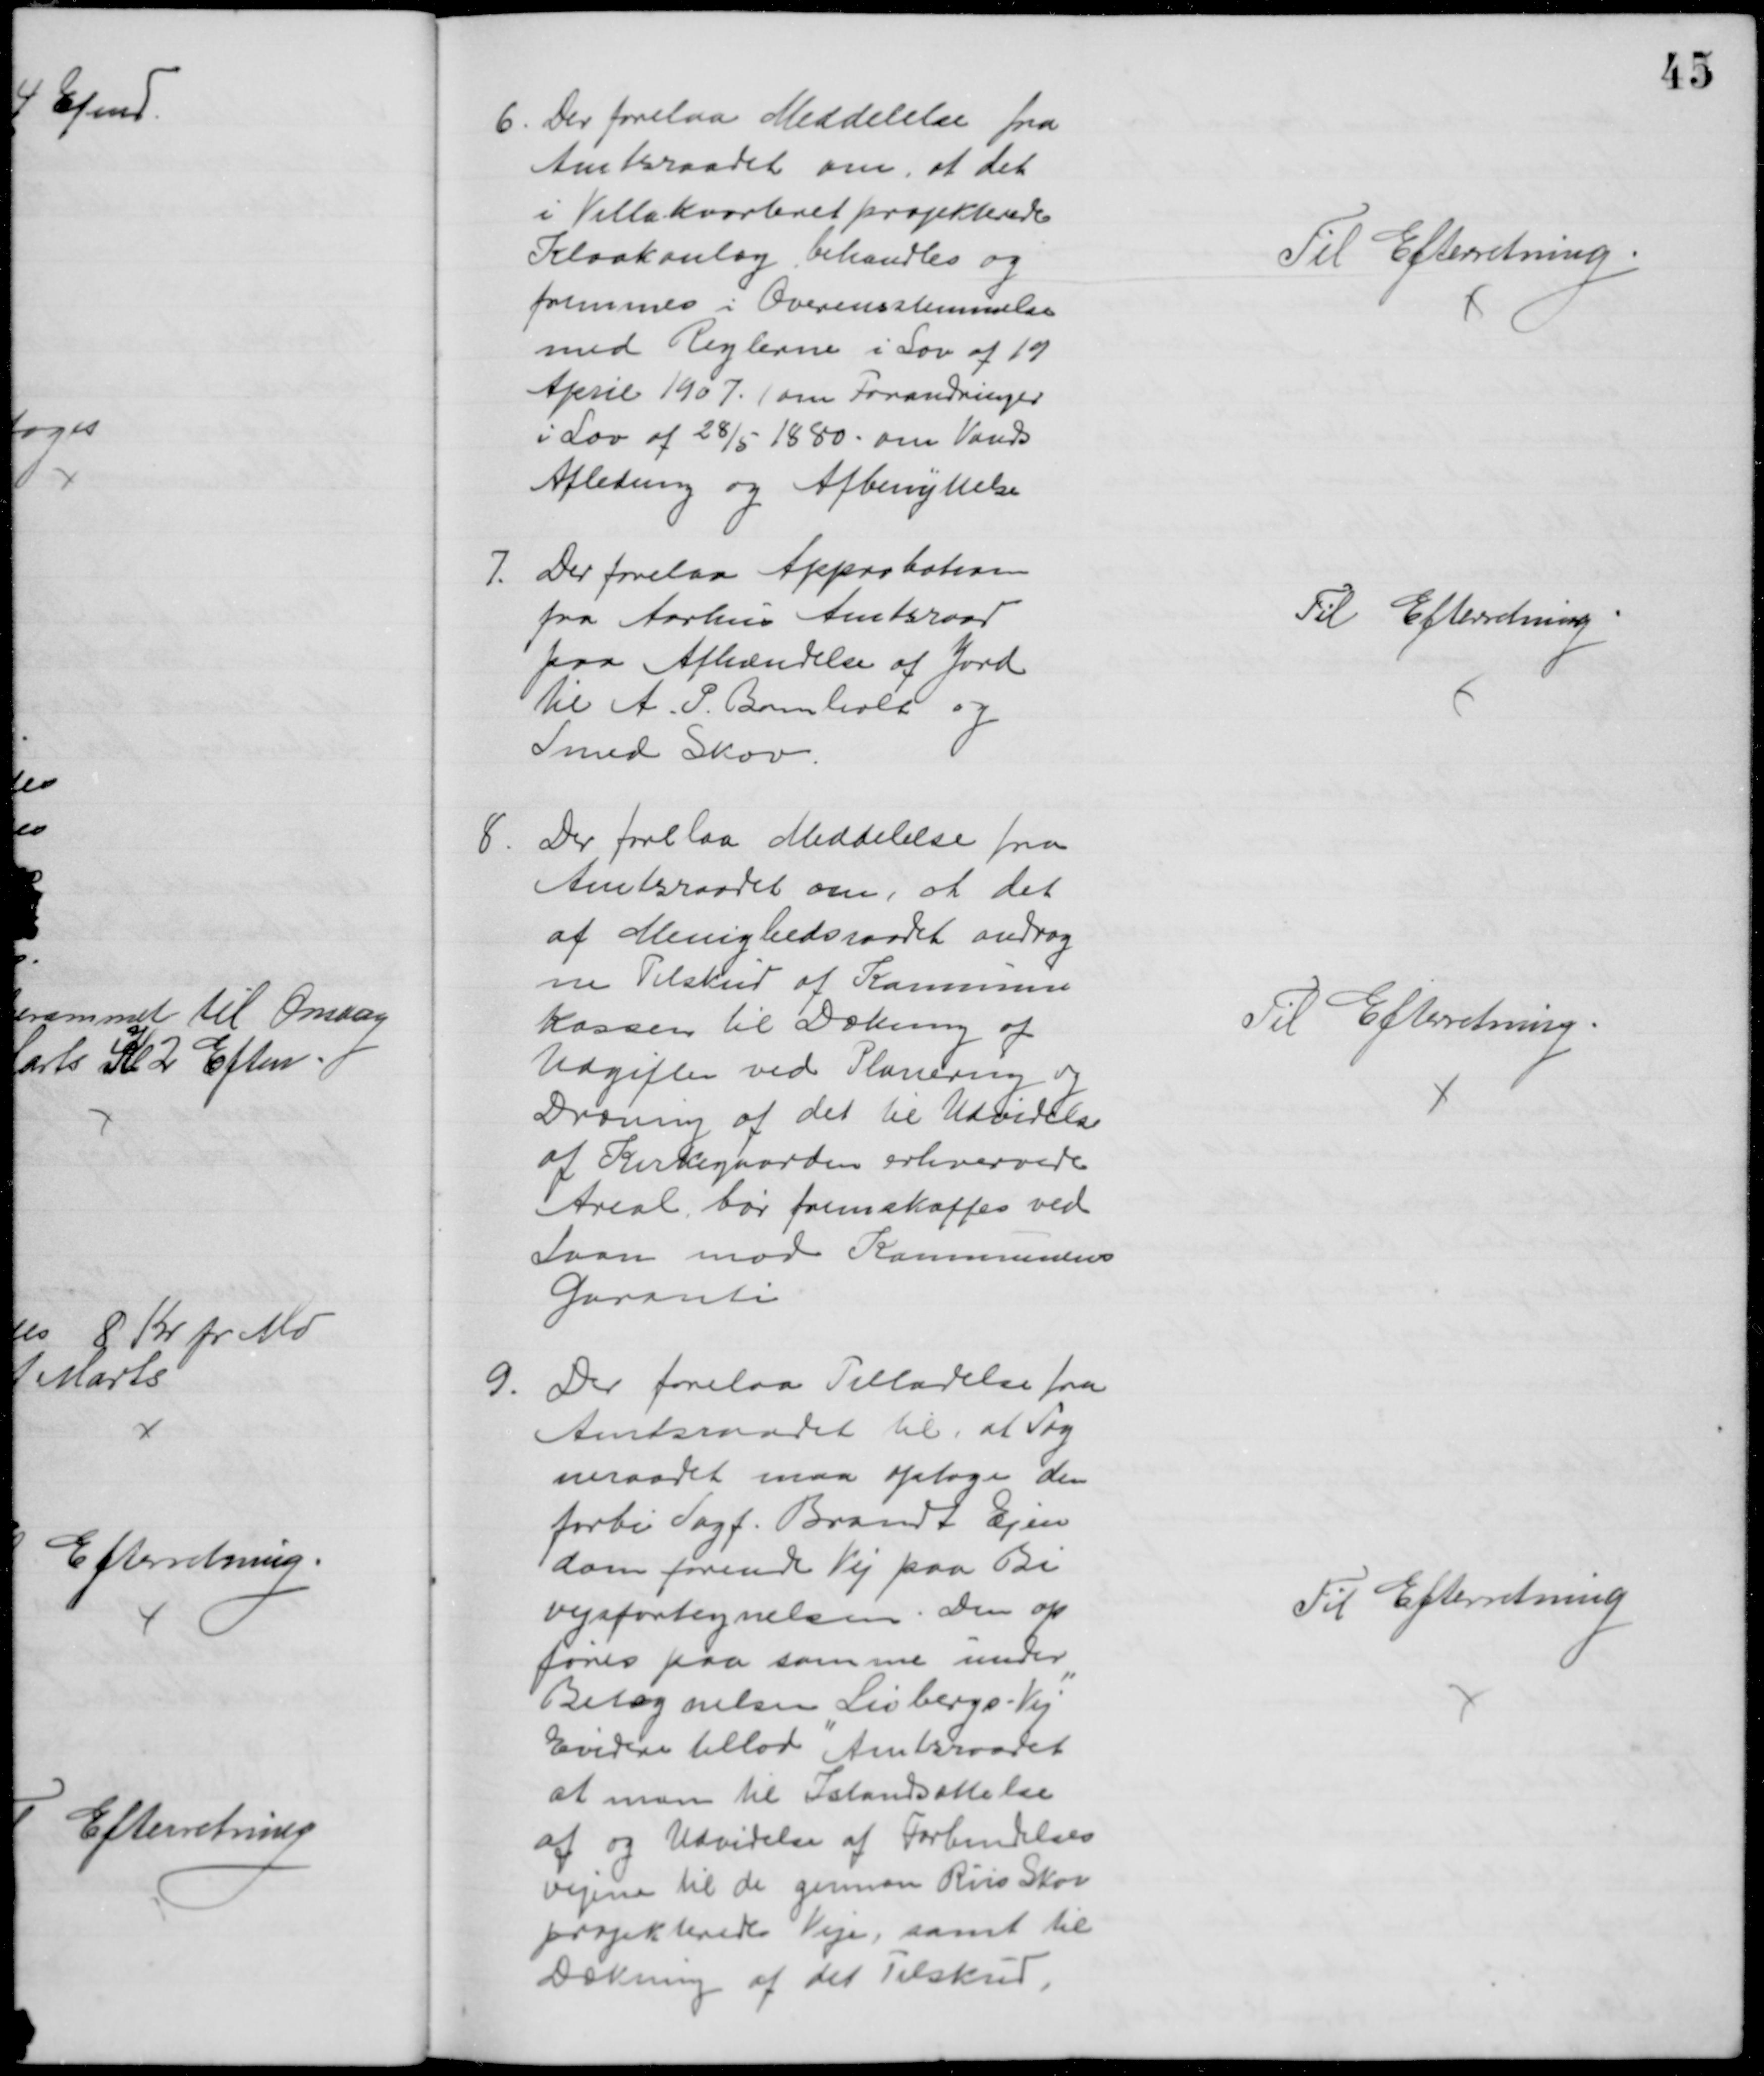
Transskription:
6. Der forelaa Meddelelse fra
Amtsraadet om, at det
i Villakvarteret projekterede
Kloakanlæg behandles og
fremmes i Overensstemmelse
med Reglerne i Lov af 19
April 1907. (om Forandringer
i Lov af 28/5 1880 om Vands
Afledning og Afbenyttelse
Til Efterretning
7. Der forelaa Approbation
fra Aarhus Amtsraad
paa Afhændelse af Jord
til A. P. Bomholt og
Smed Skov.
Til Efterretning
8.
Der forelaa Meddelelse fra
Amtsraadet om, at det
af Menighedsraadet andrag
ne Tilskud af Kommune
Kassen til Dækning af 
Udgiften ved Planering og 
Dræning af det til Udvidelse
af Kirkegaarden erhvervede
Areal, bør fremskaffes ved
Laan mod Kommunens
Garanti
Til Efterretning
9
Der forelaa Tilladelse fra
Amtsraadet til, at Sog
neraadet maa optage den
forbi Sagf. Brandt Ejen
dom førende Vej paa Bi
vejsfortegnelsen. Den op
føres paa samme under
Betegnelsen "Lisbergs - Vej"
Evidere tillod Amtsraadet
at man til Istandsættelse
af og Udvidelse af Forbindelses
vejene til de gennem Riis Skov
projekterede Veje, samt til
Dækning af det Tilskud,
Til Efterretning